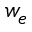
w _ { e }